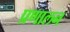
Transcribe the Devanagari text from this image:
प्रणालन